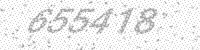
Solution: 655418